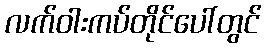
လက်ဝါးကပ်တိုင်ပေါ်တွင်